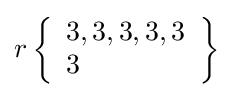
r\left\{{\begin{array}{l}3,3,3,3,3\\3\end{array}}\right\}